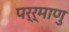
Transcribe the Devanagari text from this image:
पर्र्माणु